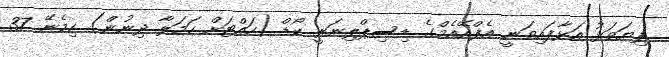
ފިޔަވަޅު އަޅާފައިވަނީ އެފްއޭއެމްގެ ޑިސިޕްލިނަރީ ކޯޑް (ހައްޓަށް ހަމަލާ ދިނުން) ހިމެނޭ 37